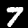
Digit: 7